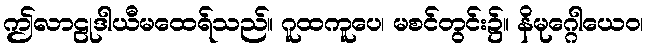
ဤလာဠုဒါယီမထေရ်သည်။ ဂူထကူပေ၊ မစင်တွင်း၌။ နိမုဂ္ဂေါယေဝ၊